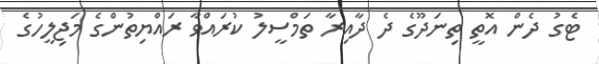
ޓެގު ދެން އޮތީ ތިނަދޫގެ ދެ ދާއިރާ ތަމްސީލު ކުރައްވާ ރައްޔިތުންގެ މަޖިލީހުގެ